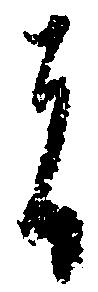
者